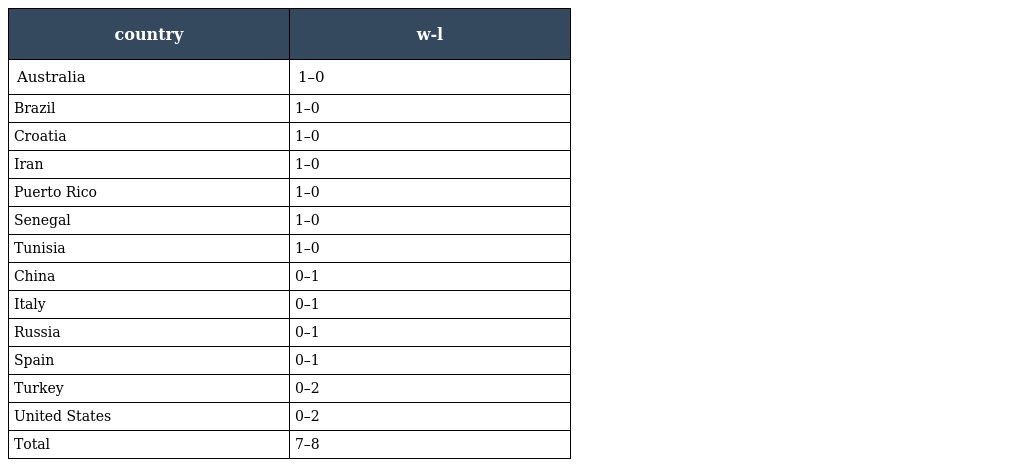
| country | w-l |
 | --- | --- |
 | Australia | 1–0 |
 | Brazil | 1–0 |
 | Croatia | 1–0 |
 | Iran | 1–0 |
 | Puerto Rico | 1–0 |
 | Senegal | 1–0 |
 | Tunisia | 1–0 |
 | China | 0–1 |
 | Italy | 0–1 |
 | Russia | 0–1 |
 | Spain | 0–1 |
 | Turkey | 0–2 |
 | United States | 0–2 |
 | Total | 7–8 |